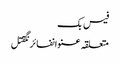
فیس بک
متعلقہ عنوانفائرنگقتل